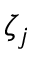
\zeta _ { j }